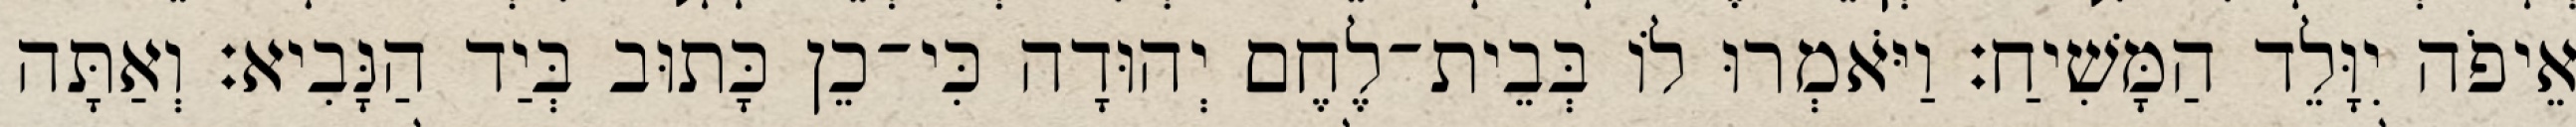
אֵיפֹה יִוָּלֵד הַמָּשִׁיחַ׃ וַיֹּאמְרוּ לוֹ בְּבֵית־לֶחֶם יְהוּדָה כִּי־כֵן כָּתוּב בְּיַד הַנָּבִיא׃ וְאַתָּה